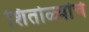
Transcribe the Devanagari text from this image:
शितोळ्यांचे